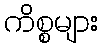
ကိစ္စများ